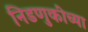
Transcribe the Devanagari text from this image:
निडणुकीच्या